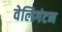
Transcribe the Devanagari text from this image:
वेलिगंटन